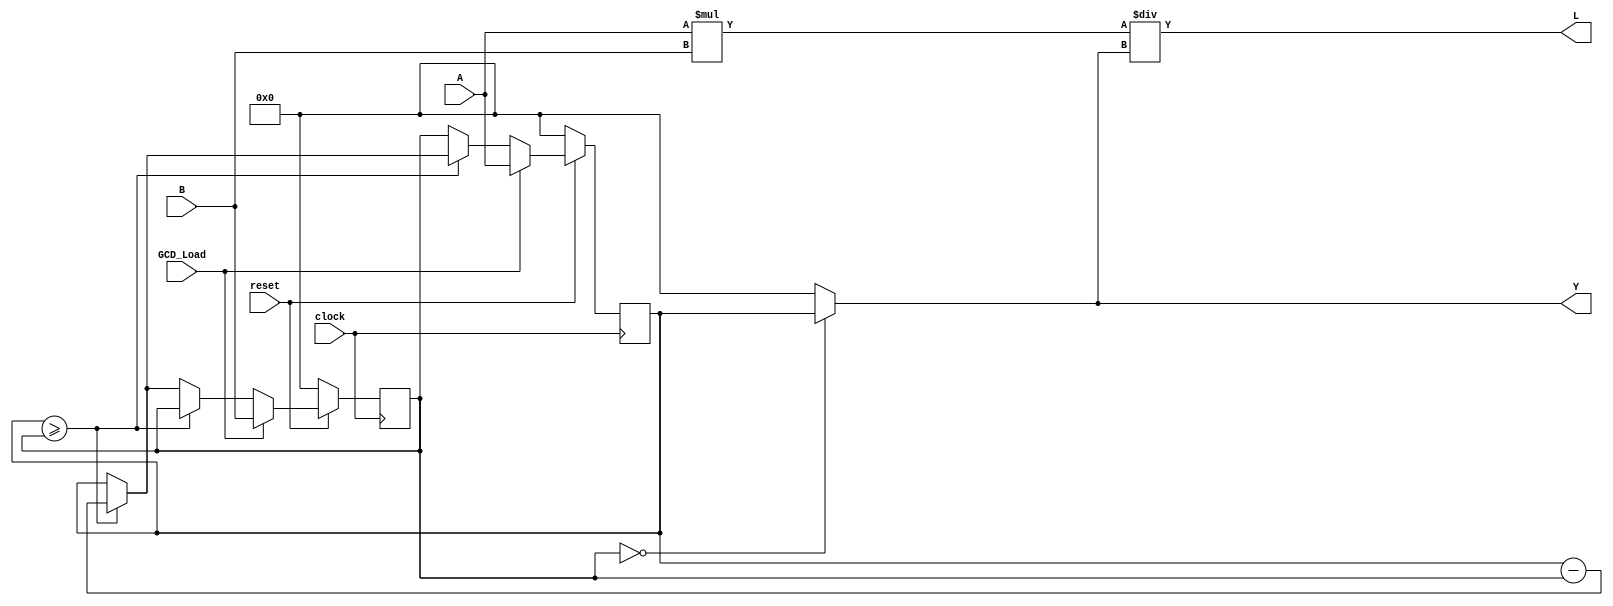
module GCD_LCM(clock,reset,GCD_Load,A,B,Y,L);
	parameter width=11;
	input clock,reset,GCD_Load;
	input [width-1:0] A,B;
	output [width-1:0] Y,L;
	reg A_lessthan_B,done;
	reg [width-1:0] A_new, A_hold, B_hold, Y, L;

	always@(posedge clock)
	 begin: LOAD_SWAP
	  if(!reset)
		begin
		 A_hold=0;
		 B_hold=0;
		end
	  else if(GCD_Load)
		begin
		 A_hold=A;
		 B_hold=B;
		end
	  else if(A_lessthan_B)
		begin
		 A_hold=B_hold;
		 B_hold=A_new;
		end
	  else
		 A_hold=A_new;
	 end

	always@(A_hold or B_hold)
	 begin:SUBTRACT
	  if(A_hold>=B_hold)
		begin
		 A_lessthan_B=0;
		 A_new=A_hold-B_hold;
		end
	  else
		begin
		 A_lessthan_B=1;
		 A_new=A_hold;
		end
	 end

	always@(A_hold or B_hold)
	 begin:WRITE_OUTPUT
	  if(B_hold==0)
		begin
		 done=1;
		 Y=A_hold;
		end
	  else
		begin
		 done=0;
		 Y=0;
		end
		L = (A*B)/Y;
	  end
endmodule